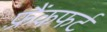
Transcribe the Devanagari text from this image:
फ़्रैंकफर्ट